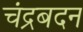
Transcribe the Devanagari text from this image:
चंद्रबदन